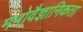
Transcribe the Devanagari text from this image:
मनोवैज्ञानिकता